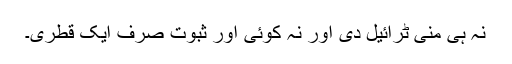
نہ ہی منی ٹرائیل دی اور نہ کوئی اور ثبوت صرف ایک قطری۔